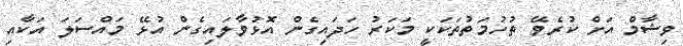
ވިޝާމް އަށް ކުރެވޭ ތުހުމަތުތަކަކީ މަކަރު ހަދައިގެން އޮޅުވާލައިގެން އުޅޭ މައްސަލަ އަކާއި